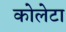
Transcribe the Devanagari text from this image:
कोलेटा